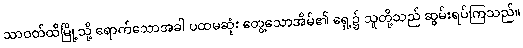
သာဝတ်ထိမြို့သို့ ရောက်သောအခါ ပထမဆုံး တွေ့သောအိမ်၏ ရှေ့၌ သူတို့သည် ဆွမ်းရပ်ကြသည်။